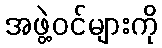
အဖွဲ့ဝင်များကို